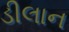
ડીલાન